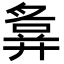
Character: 𢍪